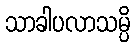
သာခါပလာသမ္ပိ